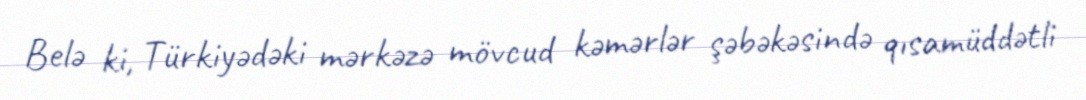
Belə ki, Türkiyədəki mərkəzə mövcud kəmərlər şəbəkəsində qısamüddətli